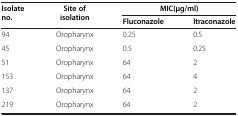
| <ROWSPAN=2> Isolate no. | <ROWSPAN=2> Site of isolation | <COLSPAN=2> MIC(μg/ml) |
 | Fluconazole | Itraconazole |
 | --- | --- | --- | --- |
 | 94 | Oropharynx | 0.25 | 0.5 |
 | 45 | Oropharynx | 0.5 | 0.25 |
 | 51 | Oropharynx | 64 | 2 |
 | 153 | Oropharynx | 64 | 4 |
 | 137 | Oropharynx | 64 | 2 |
 | 219 | Oropharynx | 64 | 2 |